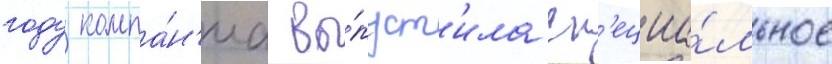
году компа́н'иа вы́пуст'ила сп'ециа́льное